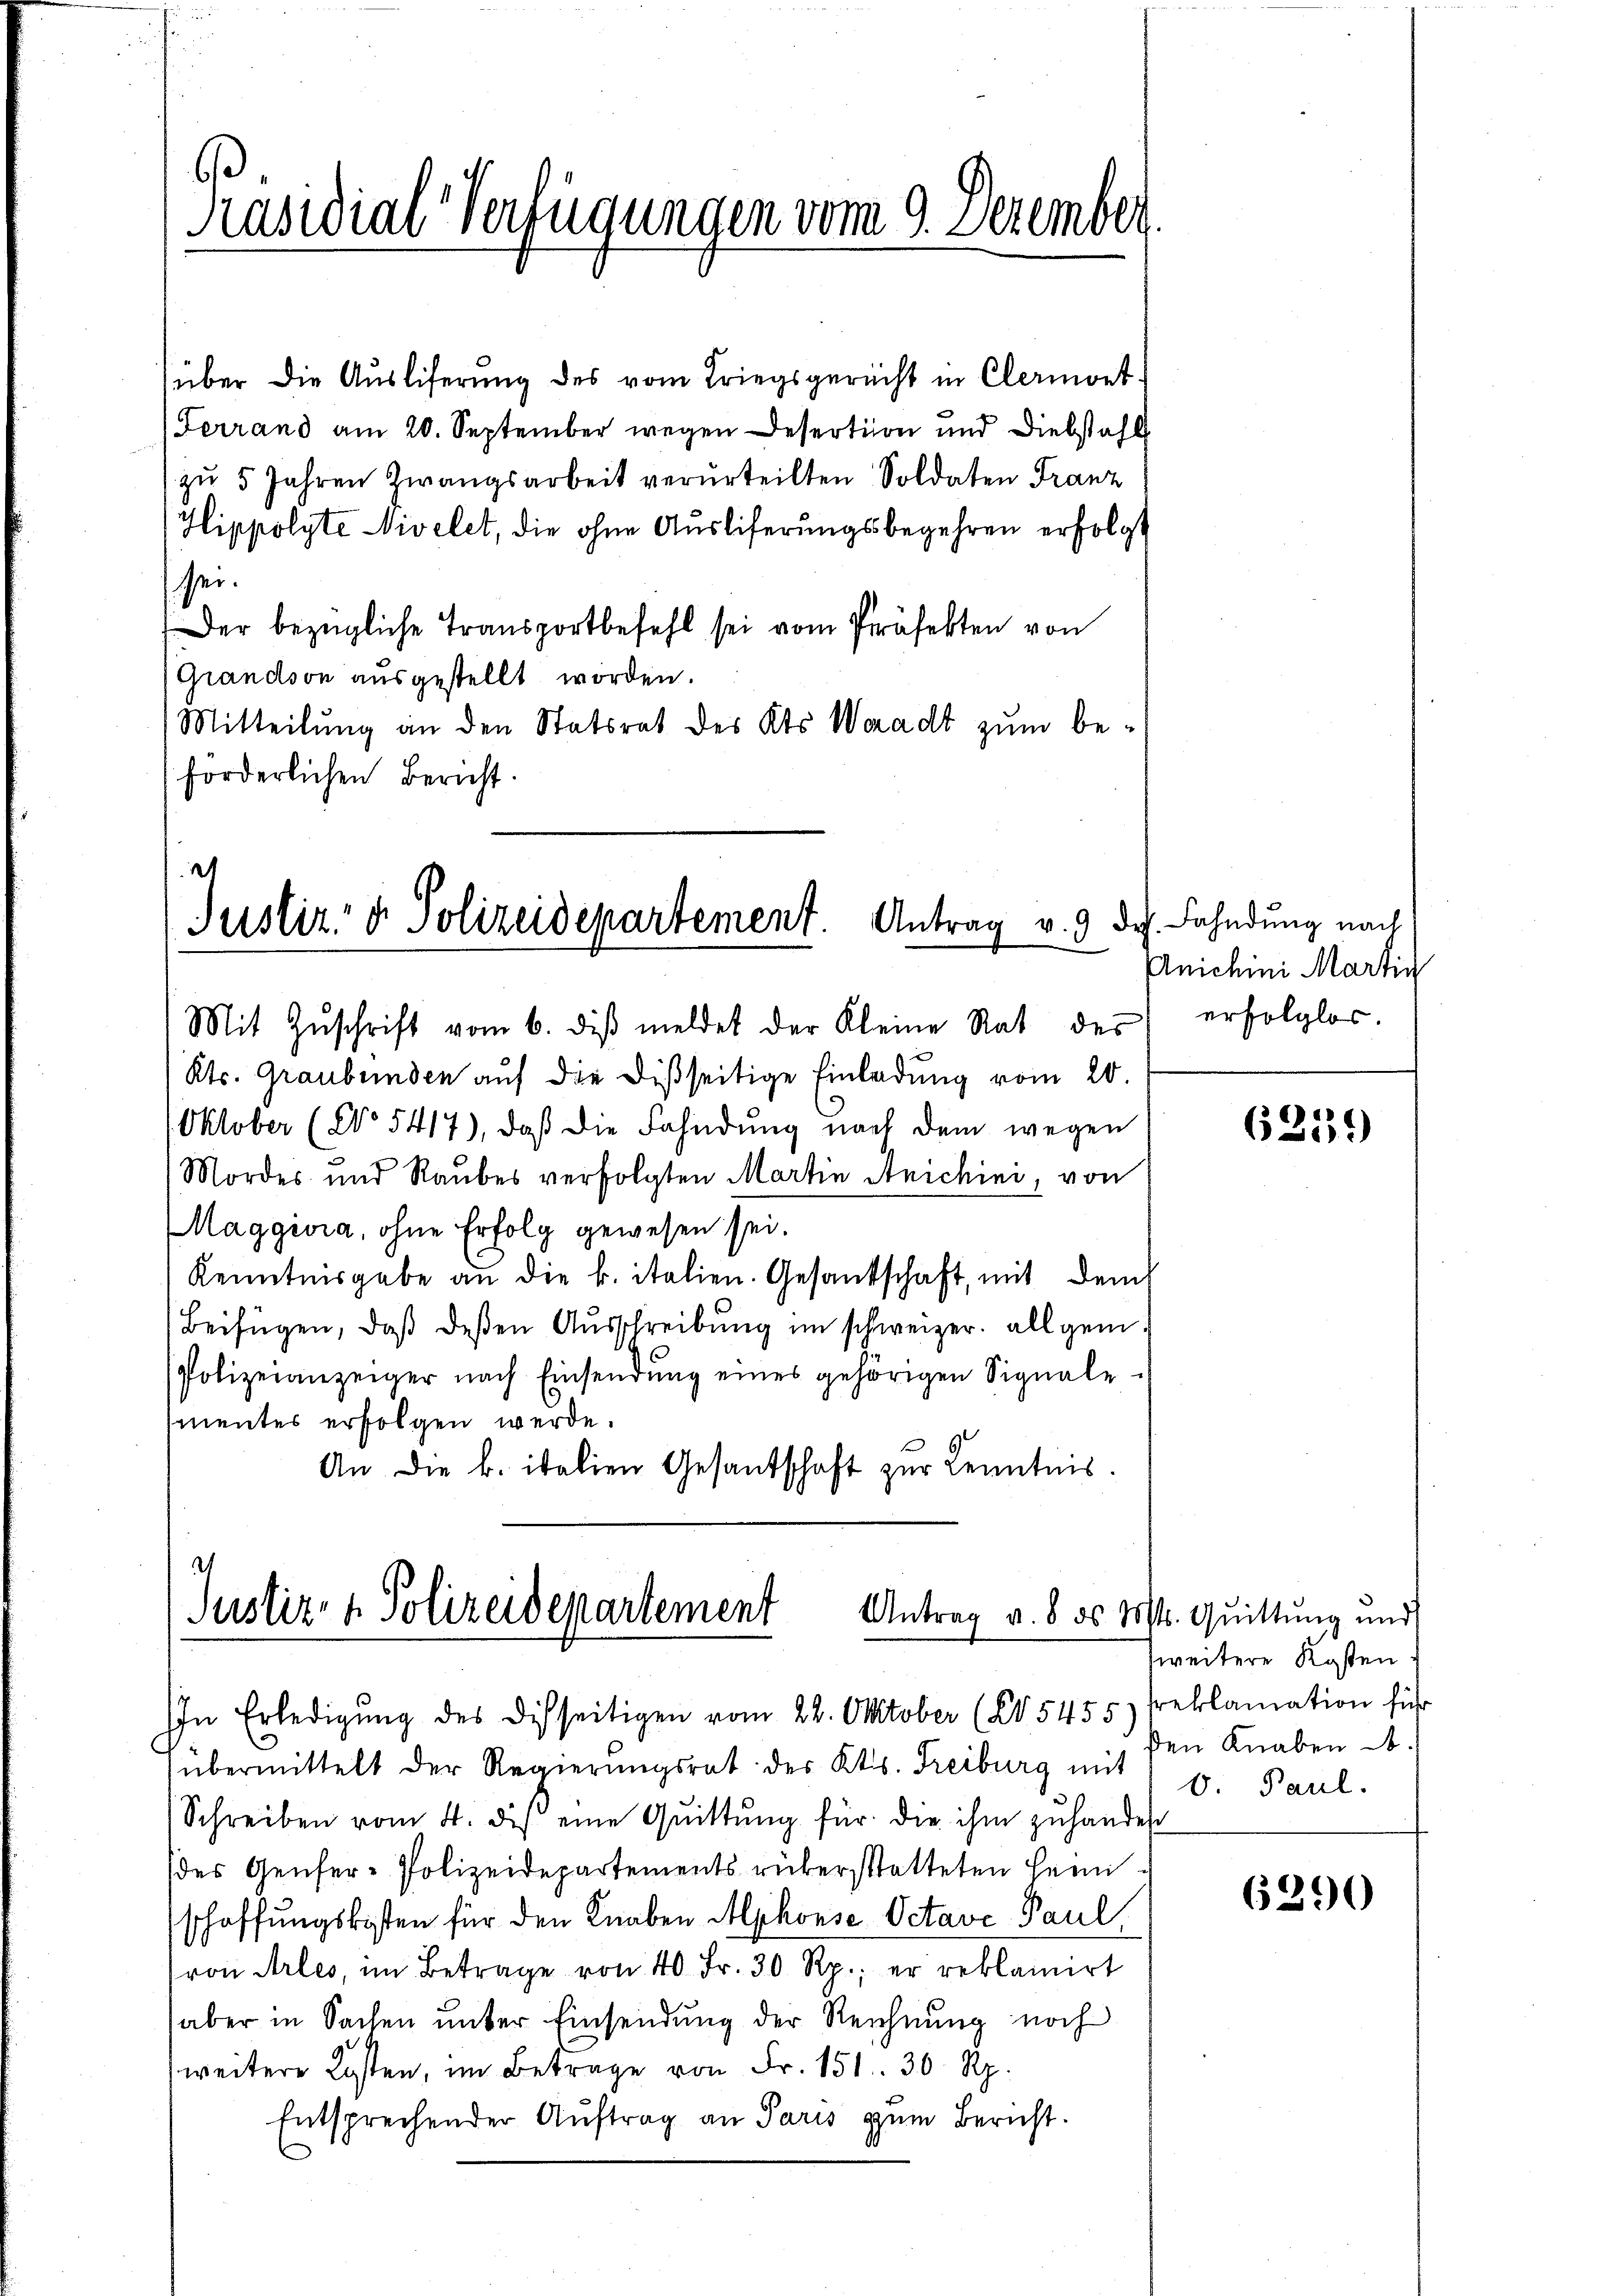
Präsidial-Verfügungen vom 9. Dezember

über die Ausliferung des vom Kriegsgericht in Clermont.
Ferrand am 20. September wegen Desertion und Diebstahl
zŭ 5 Jahren Zwangsarbeit verurteilten Soldaten Franz
Hippolyte Nivelet, die ohne Ausliferungsbegehren erfolgt
sei.
Der bezügliche Transportbefehl sei vom Präfekten von
Grandson ausgestellt worden.
Mitteilung an den Statsrat des Kts. Weradt zum beforderlichen Bericht.

t
Justiz- & Polizeidepartement. Antrag v. 9. Dr. Fahndung nach

Mit Zŭschrift vom 6. dβ meldet der Kleine Rat des
Kts. Graubünden auf die Disseitige Einladung vom 20.
Oktober (No 5417), daß die Fahndung nach dem wegen
Mordes und Raubes verfolgten Martin Anichini von
Maggiora, ohne Erfolg gewesen sei.
Kenntnisgabe an die k. italien. Gesandschaft, mit dem
Beifügen, daß deßen Ausschreibung im schweizer. allgem.
Polizeianzeiger nach Einsendŭng eines gehörigen Signale
mentes erfolgen werde.
An die k. italien Gesandschaft zŭr Kenntnis.

Justiz- & Polizeidepartement
Antrag v. 8. ds Mt. Quittung und
IIn Erledigŭng des Disseitigen vom 22. Oktober (285455) reklamation für

übermittelt der Regierungsrat des Kts. Freiburg mit
Schreiben vom 4. des eine Quittŭng für die ihm zŭ hander
(des Genfer-Polizeidepartements rükerstatteten Heim-
schaffungskosten für den Knaben Alphonse Octave Paul
ron Arles, im Betrage von 40 Fr. 30 Rp., er reklamirt
haber in Sachen unter Einsendung der Reichnung noch
weitere Kosten, im Betrage von Fr. 151. 30 Rp.
Entsprechender Aŭftrag an Paris zum Bericht.

Anichini Martig
erfolglos.

zweitere Kosten
den Knaben d. 1
b. Paul.

623.

6290